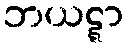
ဘယဋ္ဋာ